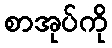
စာအုပ်ကို